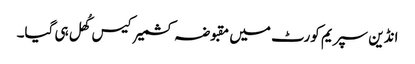
انڈین سپریم کورٹ میں مقبوضہ کشمیر کیس کُھل ہی گیا۔